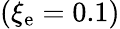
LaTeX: \left(\xi_{\mathrm{e}}=0.1\right)